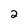
Character: 2